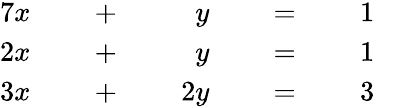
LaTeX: {\begin{array}{rlrlrlrlrl}{{7}x}&{}&{\; +\; }&{}&{y}&{}&{\; =\; }&{}&{1}&{}\\ {2x}&{}&{\; +\; }&{}&{y}&{}&{\; =\; }&{}&{1}&{}\\ {3x}&{}&{\; +\; }&{}&{2y}&{}&{\; =\; }&{}&{3}&{}\end{array}}